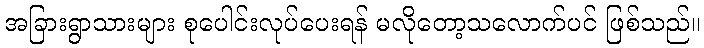
အခြားရွာသားများ စုပေါင်းလုပ်ပေးရန် မလိုတော့သလောက်ပင် ဖြစ်သည်။